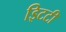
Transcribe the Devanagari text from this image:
इिटटी